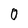
Character: 0